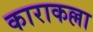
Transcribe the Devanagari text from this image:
काराकल्ला